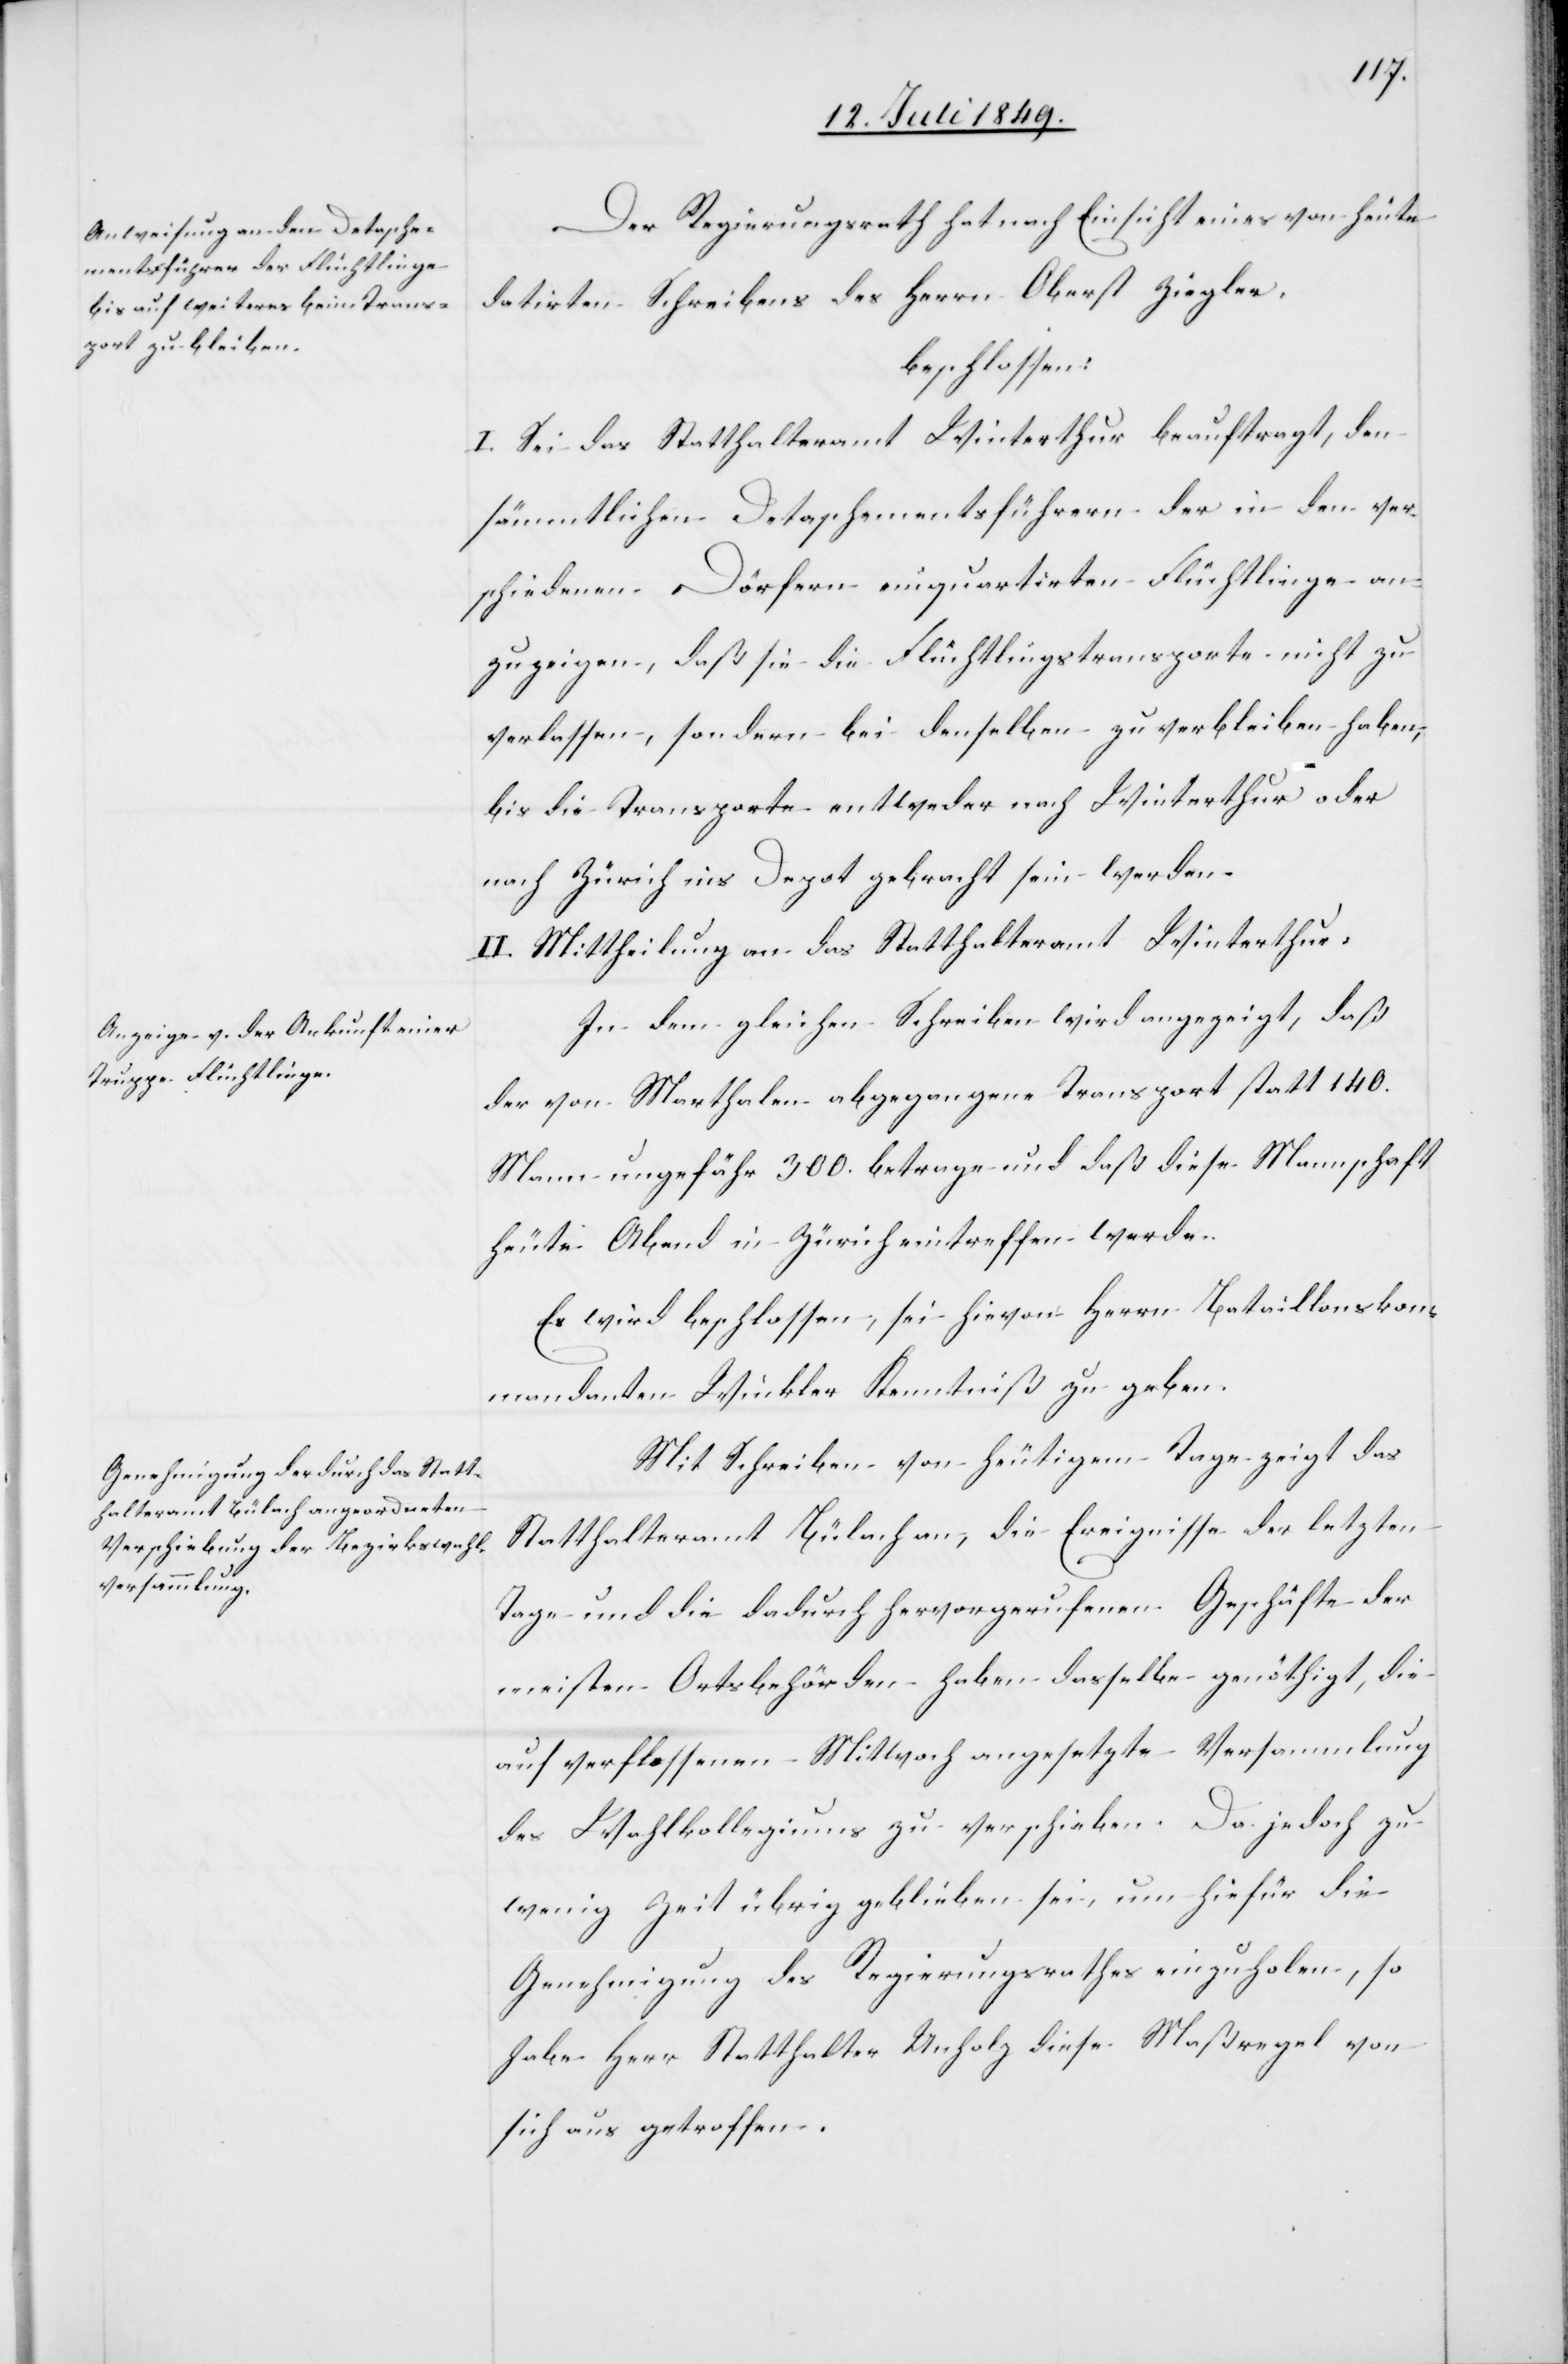
Der Regierungsrath hat nach Einsicht eines von heute
datirten Schreibens des Herrn Oberst Ziegler,
beschlossen:
I. Sei das Statthalteramt Winterthur beauftragt, den
sämmtlichen Detaschementsführern der in den ver¬
schiedenen Dörfern einquartirten Flüchtlinge an¬
zuzeigen, daß sie die Flüchtlingstransporte nicht zu
verlassen, sondern bei denselben zu verbleiben haben,
bis die Transporte entweder nach Winterthur oder
nach Zürich ins Depot gebracht sein werden.
II. Mittheilung an das Statthalteramt Winterthur.
In dem gleichen Schreiben wird angezeigt, daß
der von Marthalen abgegangene Transport statt 140.
Mann ungefähr 300. betrage und daß diese Mannschaft
heute Abend in Zürich eintreffen werde.
Es wird beschlossen, sei hievon Herrn Bataillonskom¬
mandanten Winkler Kenntniß zu geben.
Mit Schreiben von heutigem Tage zeigt das
Statthalteramt Bülach an, die Ereignisse der letzten
Tage und die dadurch hervorgerufenen Geschäfte der
meisten Ortsbehörden haben dasselbe genöthigt, die
auf verflossenen Mittwoch angesetzte Versammlung
des Wahlkollegiums zu verschieben. Da jedoch zu
wenig Zeit übrig geblieben sei, um hiefür die
Genehmigung des Regierungsrathes einzuholen, so
habe Herr Statthalter Unholz diese Maßregel von
sich aus getroffen.